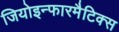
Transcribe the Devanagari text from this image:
जियोइन्फारमैटिक्स